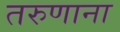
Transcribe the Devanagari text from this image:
तरुणाना